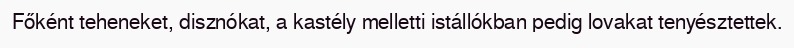
Főként teheneket, disznókat, a kastély melletti istállókban pedig lovakat tenyésztettek.